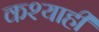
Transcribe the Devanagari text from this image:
कश्याही